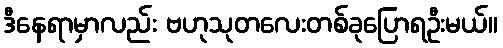
ဒီနေရာမှာလည်း ဗဟုသုတလေးတစ်ခုပြောရဦးမယ်။